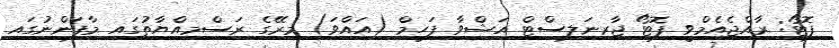
ފޮޓޯ: ރާއްޖެއެމްވީ ފޮޓޯ ޖާރނަލިސްޓް އަޝްވާ ފަހީމް (އައްވަ) މިރޭގެ ރަސްމިއްޔާތުގައި މާފަންނުގައި